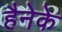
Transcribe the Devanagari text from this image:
हैनेके